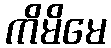
ကိမိမေ